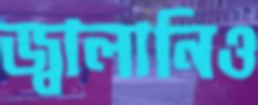
জ্বালানিও